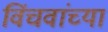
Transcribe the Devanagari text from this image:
विंचवांच्या